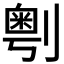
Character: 𠟲